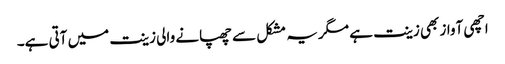
اچھی آواز بھی زینت ہے مگر یہ مشکل سے چھپانے والی زینت میں آتی ہے۔